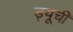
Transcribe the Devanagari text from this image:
ड्यूची